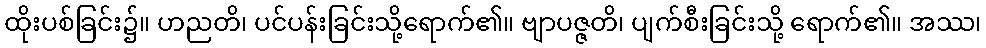
ထိုးပစ်ခြင်း၌။ ဟညတိ၊ ပင်ပန်းခြင်းသို့ရောက်၏။ ဗျာပဇ္ဇတိ၊ ပျက်စီးခြင်းသို့ ရောက်၏။ အဿ၊